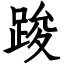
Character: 踆